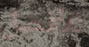
للأفضل